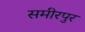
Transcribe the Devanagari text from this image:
समीरपुर